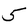
Character: 5